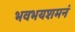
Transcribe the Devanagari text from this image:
भवभयशमनं